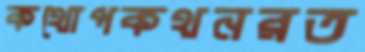
কথোপকথনরত